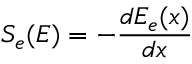
S _ { e } ( E ) = - \frac { d E _ { e } ( x ) } { d x }